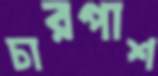
চারপাশ